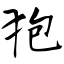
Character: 狍